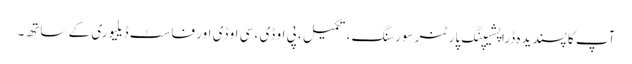
آپ کا پسندیدہ ڈراپشیپنگ پارٹنر سورسنگ ، تکمیل ، پی او ڈی ، سی او ڈی اور فاسٹ ڈیلیوری کے ساتھ۔